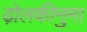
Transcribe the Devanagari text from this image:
ढ़ोलकीनुमा